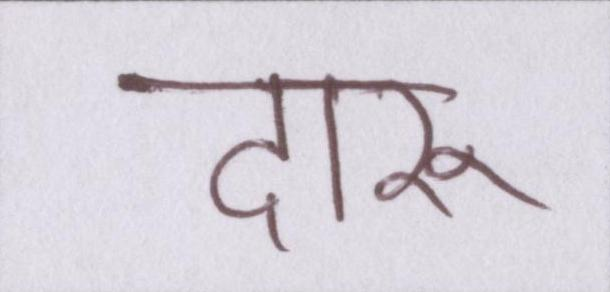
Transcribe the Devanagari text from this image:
दारू